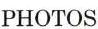
PHOTOS